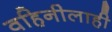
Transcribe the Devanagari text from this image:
वहिनीलाही